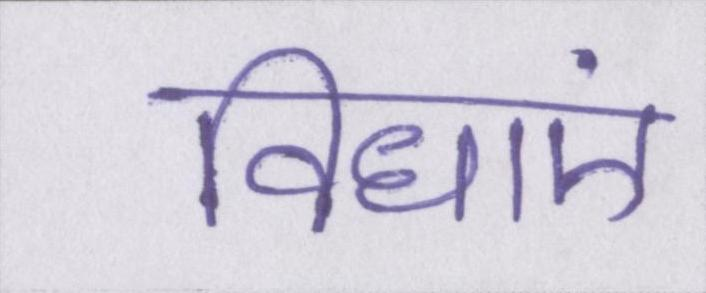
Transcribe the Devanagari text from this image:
विधाएं